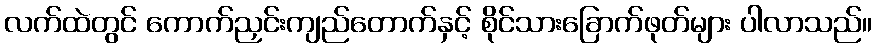
လက်ထဲတွင် ကောက်ညှင်းကျည်တောက်နှင့် စိုင်သားခြောက်ဖုတ်များ ပါလာသည်။